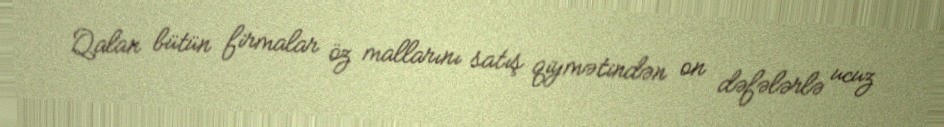
Qalan bütün firmalar öz mallarını satış qiymətindən on dəfələrlə ucuz